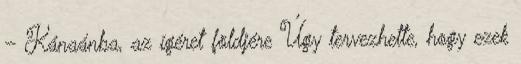
– Kánaánba, az ígéret földjére Úgy tervezhette, hogy ezek